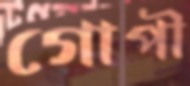
গোপী